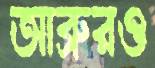
আব্রুরও